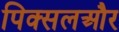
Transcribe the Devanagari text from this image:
पिक्सलऔर